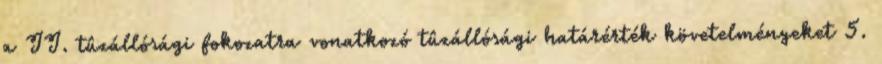
a II. tûzállósági fokozatra vonatkozó tûzállósági határérték követelményeket 5.